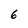
Character: 6